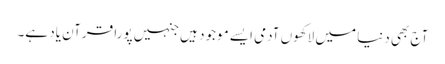
آج بھی دنیا میں لاکھوں آدمی ایسے موجود ہیں جنہیں پورا قرآن یاد ہے۔